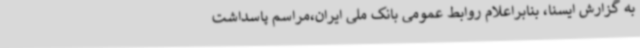
به گزارش ایسنا، بنابراعلام روابط عمومی بانک ملی ایران،مراسم پاسداشت